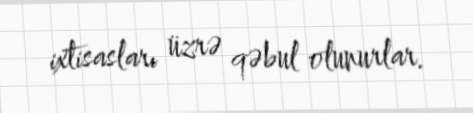
ixtisasları üzrə qəbul olunurlar.